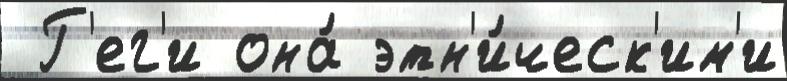
 Г'ег'и она́ этн'и́ческ'им'и